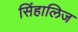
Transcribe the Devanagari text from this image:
सिंहालिज